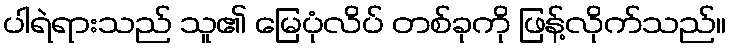
ပါရဲရားသည် သူ၏ မြေပုံလိပ် တစ်ခုကို ဖြန့်လိုက်သည်။